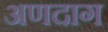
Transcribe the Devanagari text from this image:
अणदाग